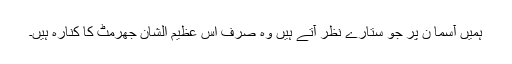
ہمیں آسما ن پر جو ستارے نظر آتے ہیں وہ صرف اس عظیم الشان جھرمٹ کا کنارہ ہیں۔